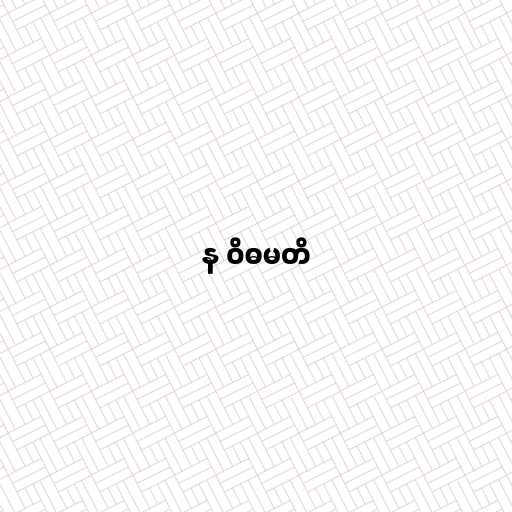
န ဝိဓမတိ